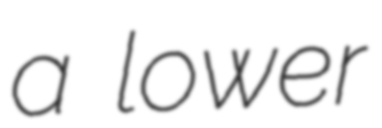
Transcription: a lower